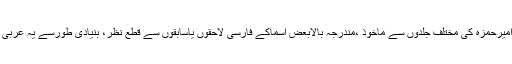
داستانِ امیرحمزہ کی مختلف جلدوں سے ماخوذ ،مندرجہ بالابعض اسماکے فارسی لاحقوں یاسابِقوں سے قطع نظر، بنیادی طورسے یہ عربی نام ہیں۔